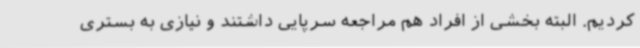
کردیم. البته بخشی از افراد هم مراجعه سرپایی داشتند و نیازی به بستری